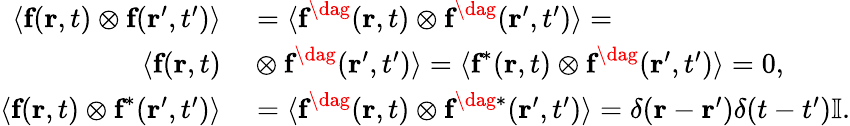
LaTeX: \begin{array}{rl}{\langle\textbf{f}\! \left(\textbf{r},t\right)\otimes\textbf{f}\! \left(\textbf{r}^{\prime},t^{\prime}\right)\rangle}&{{}=\langle\textbf{f}^{\dag}\! \left(\textbf{r},t\right)\otimes\textbf{f}^{\dag}\! \left(\textbf{r}^{\prime},t^{\prime}\right)\rangle=}\\ {\langle\textbf{f}\! \left(\textbf{r},t\right)}&{{}\otimes\textbf{f}^{\dag}\! \left(\textbf{r}^{\prime},t^{\prime}\right)\rangle=\langle\textbf{f}^{*}\! \left(\textbf{r},t\right)\otimes\textbf{f}^{\dag}\! \left(\textbf{r}^{\prime},t^{\prime}\right)\rangle=0,}\\ {\langle\textbf{f}\! \left(\textbf{r},t\right)\otimes\textbf{f}^{*}\! \left(\textbf{r}^{\prime},t^{\prime}\right)\rangle}&{{}=\langle\textbf{f}^{\dag}\! \left(\textbf{r},t\right)\otimes\textbf{f}^{\dag*}\! \left(\textbf{r}^{\prime},t^{\prime}\right)\rangle=\delta\! \left(\textbf{r}-\textbf{r}^{\prime}\right)\delta\! \left(t-t^{\prime}\right)\mathbb{I}.}\end{array}